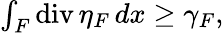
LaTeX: \begin{array}{r}{\int_{F}\mathrm{div}\, \eta_{F}\, dx\geq\gamma_{F},}\end{array}